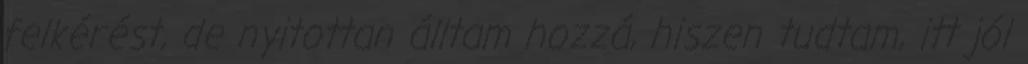
felkérést, de nyitottan álltam hozzá, hiszen tudtam, itt jól